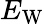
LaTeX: E_{\mathrm{W}}